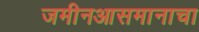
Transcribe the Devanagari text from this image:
जमीनआसमानाचा